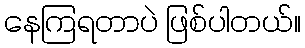
နေကြရတာပဲ ဖြစ်ပါတယ်။